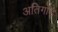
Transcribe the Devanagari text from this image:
अतिगोड